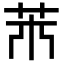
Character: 𦬝